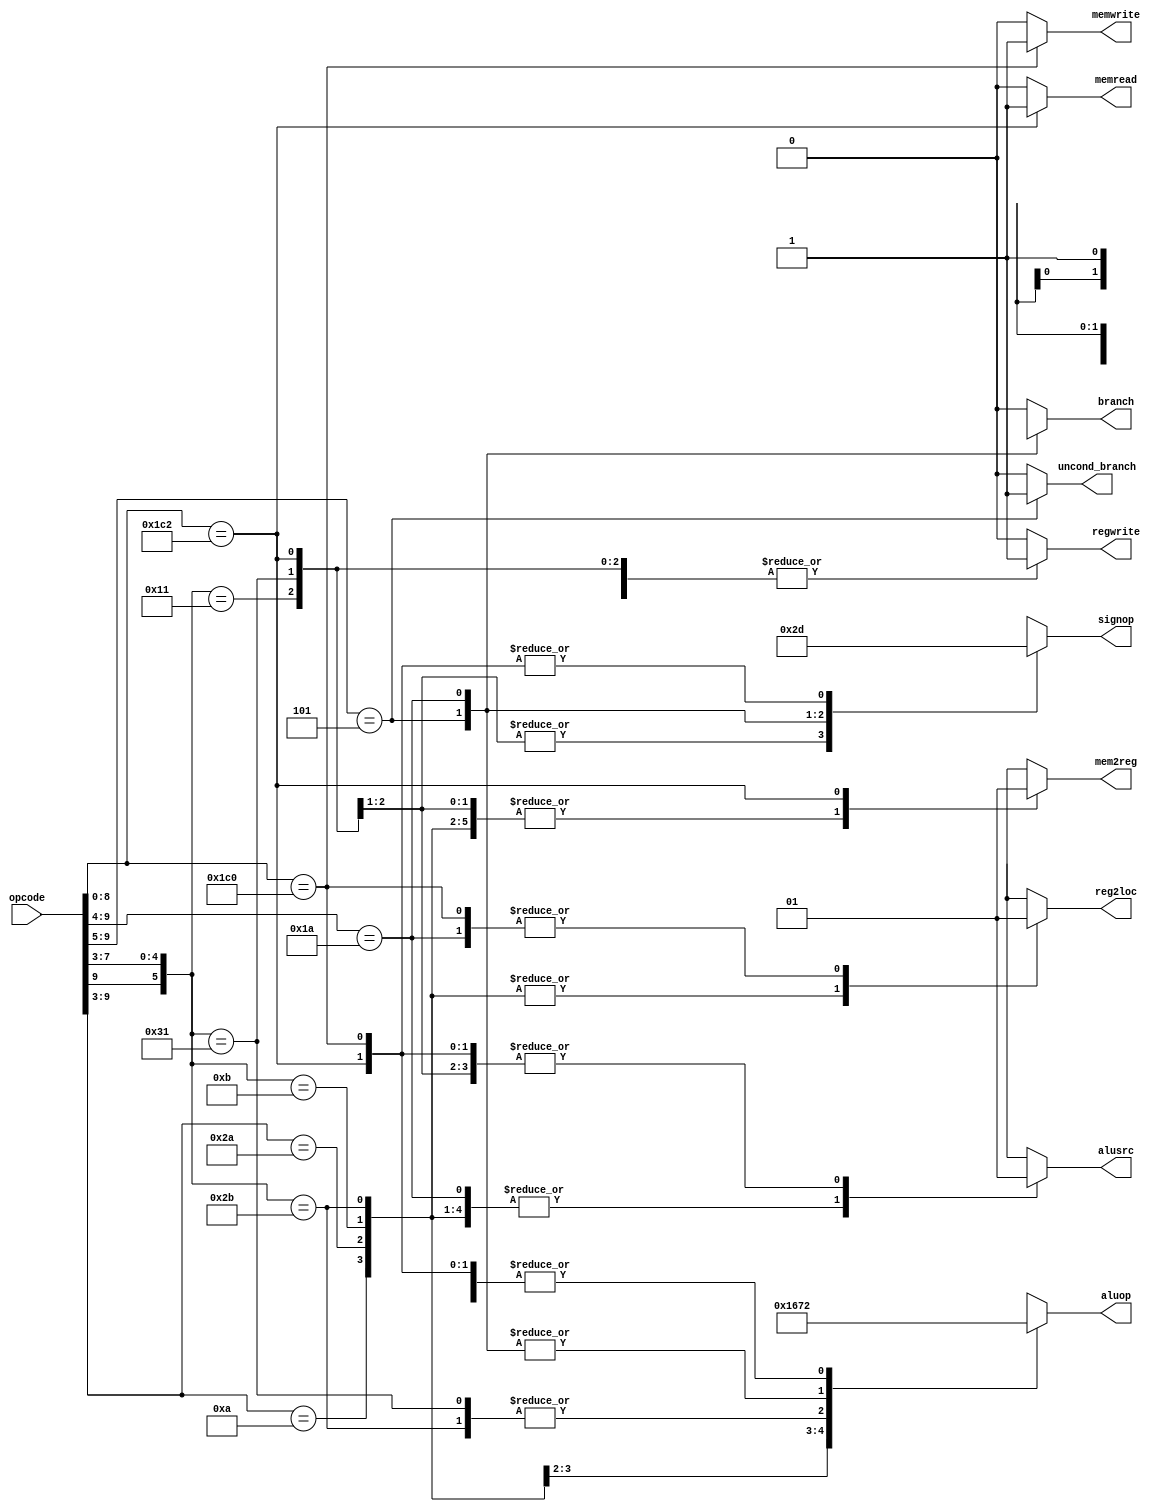
`define OPCODE_ANDREG 11'b?0001010???
`define OPCODE_ORRREG 11'b?0101010???
`define OPCODE_ADDREG 11'b?0?01011???
`define OPCODE_SUBREG 11'b?1?01011???

`define OPCODE_ADDIMM 11'b?0?10001???
`define OPCODE_SUBIMM 11'b?1?10001???

`define OPCODE_MOVZ   11'b110100101??

`define OPCODE_B      11'b?00101?????
`define OPCODE_CBZ    11'b?011010????

`define OPCODE_LDUR   11'b??111000010
`define OPCODE_STUR   11'b??111000000

module control(
	       output reg 	reg2loc,
	       output reg 	alusrc,
	       output reg 	mem2reg,
	       output reg 	regwrite,
	       output reg 	memread,
	       output reg 	memwrite,
	       output reg 	branch,
	       output reg 	uncond_branch,
	       output reg [3:0] aluop,
	       output reg [1:0] signop,
	       input [10:0] 	opcode
	       );

   always @(*)
     begin
	casez (opcode)

          /* Add cases here for each instruction your processor supports */
	  `OPCODE_ANDREG:
	    begin
               reg2loc       = 1'b0;
               alusrc        = 1'b0;
               mem2reg       = 1'b0;
               regwrite      = 1'b1;
               memread       = 1'b0;
               memwrite      = 1'b0;
               branch        = 1'b0;
               uncond_branch = 1'b0;
               aluop         = 4'b0000;
               signop        = 2'bxx;
            end
	  `OPCODE_ORRREG:
	    begin
               reg2loc       = 1'b0;
               alusrc        = 1'b0;
               mem2reg       = 1'b0;
               regwrite      = 1'b1;
               memread       = 1'b0;
               memwrite      = 1'b0;
               branch        = 1'b0;
               uncond_branch = 1'b0;
               aluop         = 4'b0001;
               signop        = 2'bxx;
            end
	  `OPCODE_ADDREG:
	    begin
               reg2loc       = 1'b0;
               alusrc        = 1'b0;
               mem2reg       = 1'b0;
               regwrite      = 1'b1;
               memread       = 1'b0;
               memwrite      = 1'b0;
               branch        = 1'b0;
               uncond_branch = 1'b0;
               aluop         = 4'b0010;
               signop        = 2'bxx;
            end
	  `OPCODE_SUBREG:
	    begin
               reg2loc       = 1'b0;
               alusrc        = 1'b0;
               mem2reg       = 1'b0;
               regwrite      = 1'b1;
               memread       = 1'b0;
               memwrite      = 1'b0;
               branch        = 1'b0;
               uncond_branch = 1'b0;
               aluop         = 4'b0110;
               signop        = 2'bxx;
            end
	  `OPCODE_ADDIMM:
	    begin
               reg2loc       = 1'bx;
               alusrc        = 1'b1;
               mem2reg       = 1'b0;
               regwrite      = 1'b1;  //
               memread       = 1'b0;
               memwrite      = 1'b0;
               branch        = 1'b0;
               uncond_branch = 1'b0;
               aluop         = 4'b0010;
               signop        = 2'b00;
            end
	  `OPCODE_SUBIMM:
	    begin
               reg2loc       = 1'bx;
               alusrc        = 1'b1;
               mem2reg       = 1'b0;
               regwrite      = 1'b1;   //
               memread       = 1'b0;
               memwrite      = 1'b0;
               branch        = 1'b0;
               uncond_branch = 1'b0;
               aluop         = 4'b0110;
               signop        = 2'b00;
            end
	  /*`OPCODE_MOVZ:
	    begin
               reg2loc       = 1'b;
               alusrc        = 1'b;
               mem2reg       = 1'b;
               regwrite      = 1'b;
               memread       = 1'b;
               memwrite      = 1'b;
               branch        = 1'b;
               uncond_branch = 1'b;
               aluop         = 4'b;
               signop        = 2'b;
            end*/
	  `OPCODE_B:
	    begin
               reg2loc       = 1'bx;
               alusrc        = 1'bx;
               mem2reg       = 1'bx;
               regwrite      = 1'b0;
               memread       = 1'b0;
               memwrite      = 1'b0;
               branch        = 1'bx;
               uncond_branch = 1'b1;
               aluop         = 4'b0111;
               signop        = 2'b10;///
            end
	  `OPCODE_CBZ:
	    begin
               reg2loc       = 1'b1;
               alusrc        = 1'b0;
               mem2reg       = 1'bx;
               regwrite      = 1'b0;
               memread       = 1'b0;
               memwrite      = 1'b0;
               branch        = 1'b1;
               uncond_branch = 1'b0;
               aluop         = 4'b0111;
               signop        = 2'b11;///
            end
	  `OPCODE_LDUR:
	    begin
               reg2loc       = 1'bx;
               alusrc        = 1'b1;
               mem2reg       = 1'b1;
               regwrite      = 1'b1;
               memread       = 1'b1;
               memwrite      = 1'b0;
               branch        = 1'b0;
               uncond_branch = 1'b0;
               aluop         = 4'b0010;
               signop        = 2'b01;///
            end
	  `OPCODE_STUR:
	    begin
               reg2loc       = 1'b1;
               alusrc        = 1'b1;
               mem2reg       = 1'bx;
               regwrite      = 1'b0;
               memread       = 1'b0;
               memwrite      = 1'b1;
               branch        = 1'b0;
               uncond_branch = 1'b0;
               aluop         = 4'b0010;
               signop        = 2'b01; ///
            end

          default:
            begin
               reg2loc       = 1'bx;
               alusrc        = 1'bx;
               mem2reg       = 1'bx;
               regwrite      = 1'b0;
               memread       = 1'b0;
               memwrite      = 1'b0;
               branch        = 1'b0;
               uncond_branch = 1'b0;
               aluop         = 4'bxxxx;
               signop        = 2'bxx;
            end
	endcase
     end

endmodule